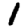
Digit: 1